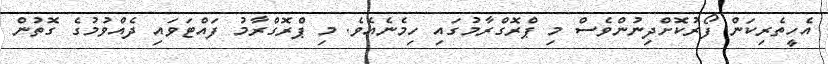
އެހީތެރިކަން ފޯރުކޮށްދިނުންވެސް މި ޕްރޮގްރާމުގައި ހިމެނެއެވެ. މި ޕްރޮގްރާމު ފައްޓަވައި ދެއްވުމުގެ ގޮތުން